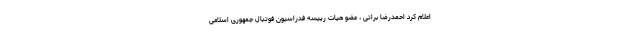
اعلام کرد احمدرضا براتی ، عضو هیات رییسه فدراسیون فوتبال جمهوری اسلامی